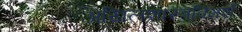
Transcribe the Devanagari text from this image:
अखिलशास्त्रविमर्श